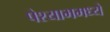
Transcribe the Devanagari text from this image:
पेश्याभमध्ये